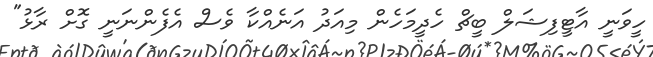
ހީވަނީ އާޓީފިޝަލް ބީޗް ހެދީމަހެން މިއަދު އަނެއްކާ ވެސް އެފެންނަނީ ގޮށް ރާޅު"